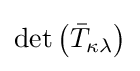
\det \left({\bar {T}}_{\kappa \lambda }\right)